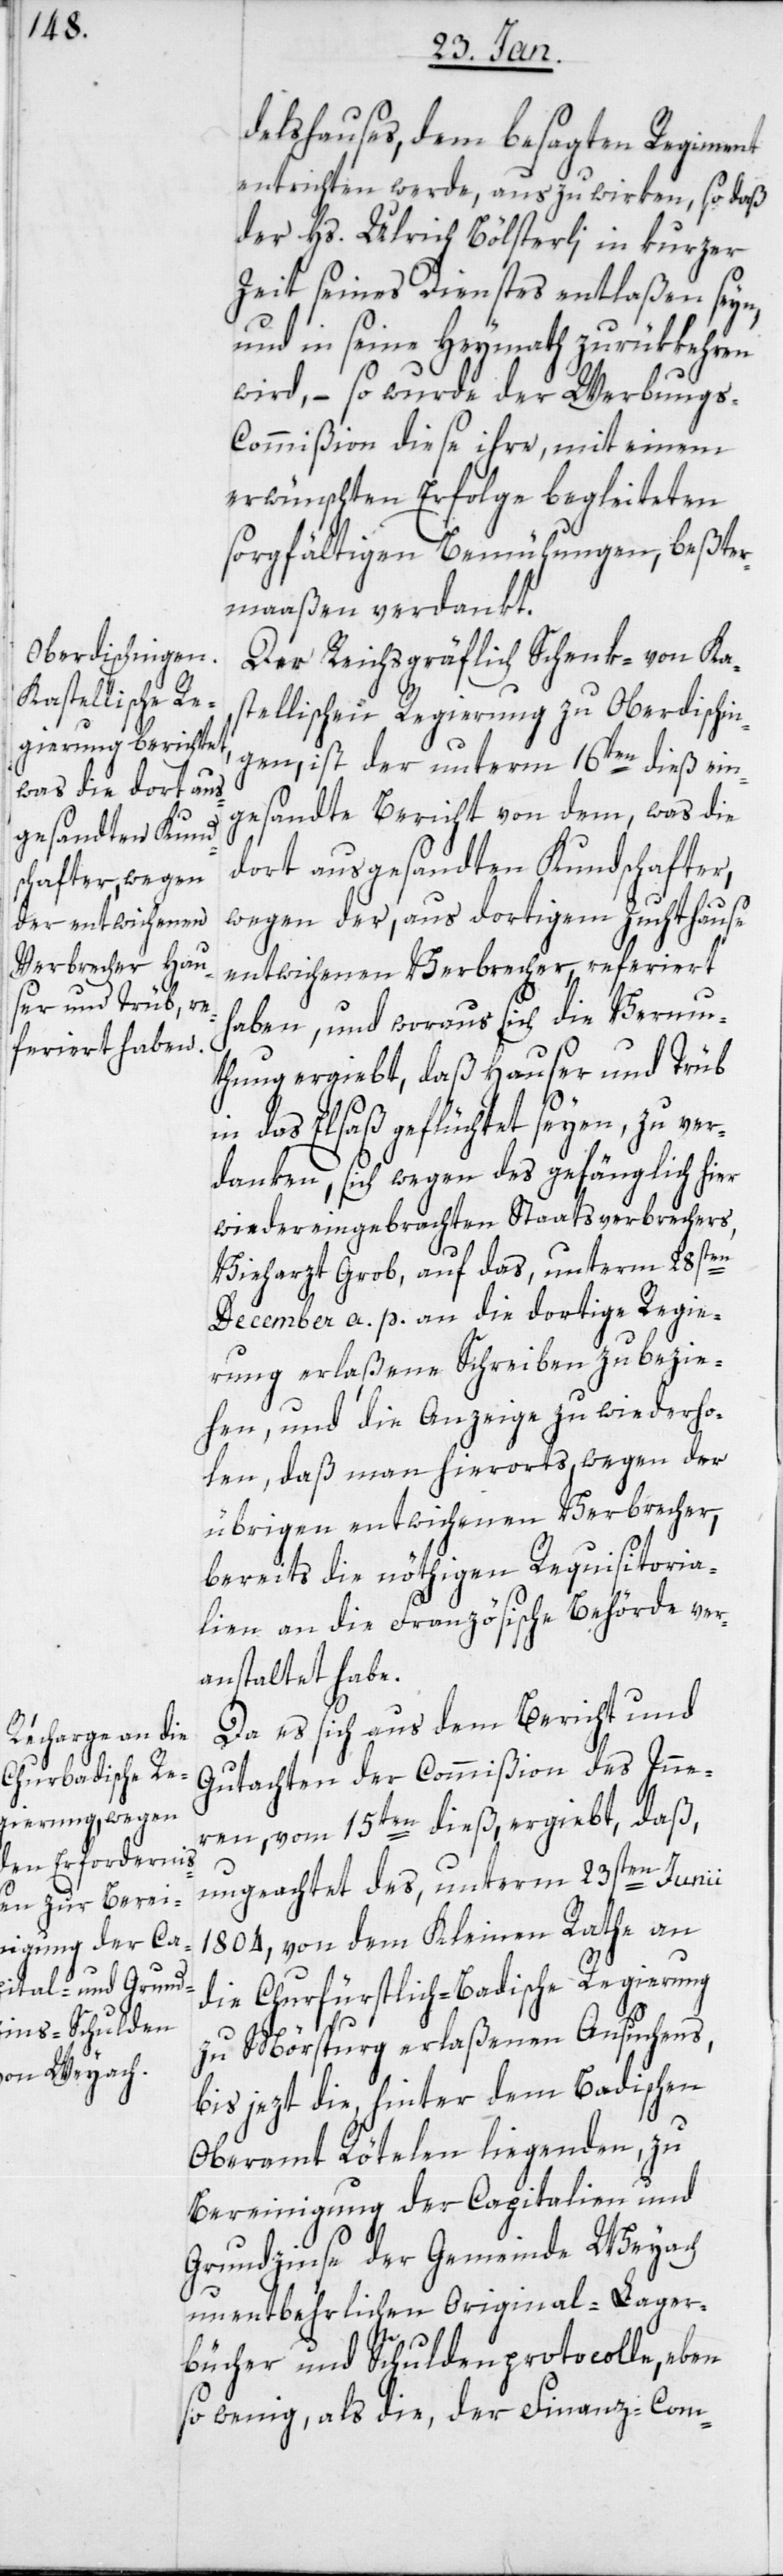
delshauses, dem besagten Regiment
entrichten werde, auszuwirken, so daß
der Hs. Ulrich Bölsterli, in kurzer
Zeit seines Dienstes entlaßen seyn,
und in seine Heymath zurükkehren
wird, – so wurde der Werbung¬
s-Commißion diese ihre, mit einem
erwünschten Erfolge begleiteten
sorgfältigen Bemühungen, bester¬
maaßen verdankt.
Der Reichsgräflich Schenk- von Ka¬
stellischen Regierung zu Oberdischin¬
gen, ist der unterm 16ten dieß ein¬
gesandte Bericht von dem, was die
dort ausgesandten Kundschafter,
wegen der, aus dortigem Zuchthause
entwichenen Verbrecher, referiert
haben, und woraus sich die Vermu¬
thung ergiebt, daß Hauser und Trüb
in das Elsaß geflüchtet seyen, zu ver¬
danken, sich wegen des gefänglich hier
wiedereingebrachten Staatsverbrechers,
Vieharzt Grob, auf das, unterm 28sten
December a. p. an die dortige Regie¬
rung erlaßene Schreiben zu bezie¬
hen, und die Anzeige zu wiederho¬
len, daß man hierorts wegen der
übrigen entwichenen Verbrecher,
bereits die nöthigen Requisitoria¬
lien an die Französische Behörde ver¬
anstaltet habe.
Da es sich aus dem Bericht und
Gutachten der Commißion des Inne¬
ren, vom 15ten dieß ergiebt, daß,
ungeachtet des, unterm 23sten Junii
1804, von dem Kleinen Rathe an
die Churfürstlich-Badische Regierung
zu Mörspurg, erlaßenen Ansuchens,
bis jezt die, hinter dem Badischen
Oberamt Rötelen liegenden, zu
Bereinigung der Capitalien und
Grundzinse der Gemeinde Weyach
unentbehrlichen Original-Lager¬
bücher und Schuldenprotocolle, eben
so wenig, als die, der Finanz-Com-